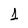
Character: 1